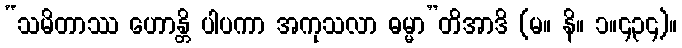
“သမိတာဿ ဟောန္တိ ပါပကာ အကုသလာ ဓမ္မာ”တိအာဒိ (မ။ နိ။ ၁။၄၃၄)။